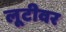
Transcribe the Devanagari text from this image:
लूटीवर